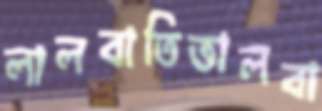
লালবাতিভালবা